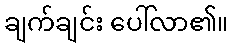
ချက်ချင်း ပေါ်လာ၏။